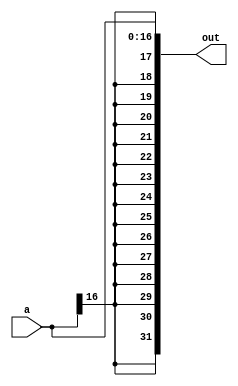
module sx_32bit(a, out);
	input [16:0] a;
	output [31:0] out;
	
	assign out = { {15{a[16]}}, a[16:0] };
endmodule